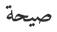
صيحة